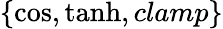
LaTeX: \{ \cos,\operatorname{tanh},clamp\}